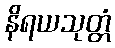
နိရယသုတ္တံ